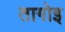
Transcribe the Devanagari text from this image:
तागोइ